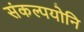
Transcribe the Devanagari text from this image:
संकल्पयोनि